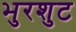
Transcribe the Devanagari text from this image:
भुरशुट